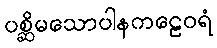
ပစ္ဆိမသောပါနကဠေဝရံ